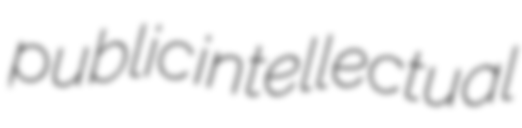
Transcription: public intellectual